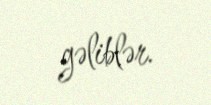
gəliblər.